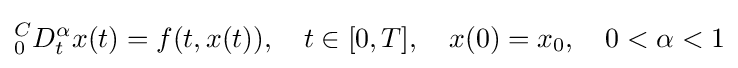
{_{0}^{C}D_{t}^{\alpha }}x(t)=f(t,x(t)),\quad t\in [0,T],\quad x(0)=x_{0},\quad 0<\alpha <1